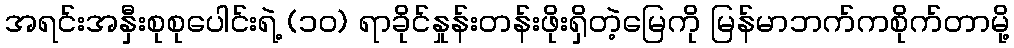
အရင်းအနှီးစုစုပေါင်းရဲ့ (၁၀) ရာခိုင်နှုန်းတန်းဖိုးရှိတဲ့မြေကို မြန်မာဘက်ကစိုက်တာမို့